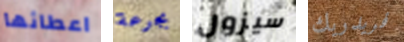
اعطائها بجرعة سيزول فريدريك